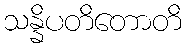
သန္နိပတိတောတိ